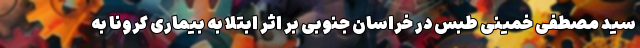
سید مصطفی خمینی طبس در خراسان جنوبی بر اثر ابتلا به بیماری کرونا به